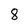
Character: 8